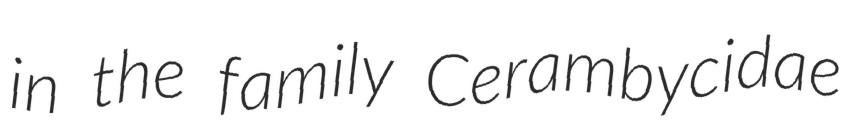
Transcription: in the family Cerambycidae